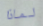
لماذا